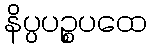
နိပ္ပပဉ္စပထေ